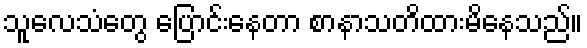
သူလေသံတွေ ပြောင်းနေတာ စာနာသတိထားမိနေသည်။